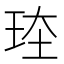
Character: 𪻗